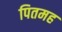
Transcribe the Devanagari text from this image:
पितमह